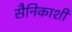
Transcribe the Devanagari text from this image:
सैनिकाशी